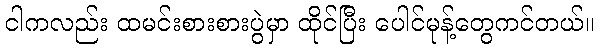
ငါကလည်း ထမင်းစားစားပွဲမှာ ထိုင်ပြီး ပေါင်မုန့်တွေကင်တယ်။